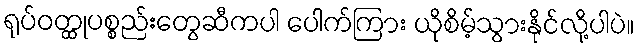
ရုပ်ဝတ္ထုပစ္စည်းတွေဆီကပါ ပေါက်ကြား ယိုစိမ့်သွားနိုင်လို့ပါပဲ။